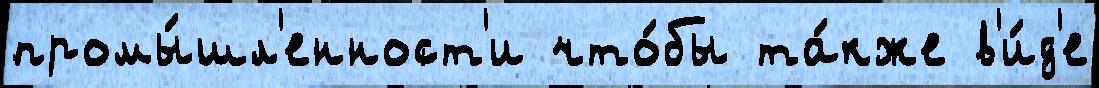
промы́шл'енност'и что́бы та́кже в'и́д'е